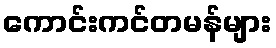
ကောင်းကင်တမန်များ